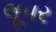
લૂપર